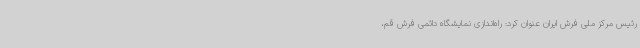
رئیس مرکز ملی فرش ایران عنوان کرد: راه‌اندازی نمایشگاه دائمی فرش قم،